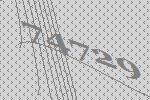
74729